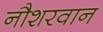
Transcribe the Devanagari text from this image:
नौशरवान